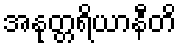
အနုတ္တရိယာနီတိ